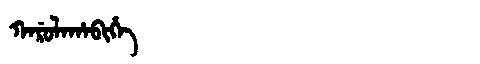
Manchu: ᡴᠠᡵᡠᠯᠠᡥᠠᠪᡳᡥᡝ
Romanization: KARULAHABIHE